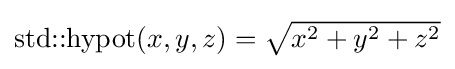
\textstyle {\mbox{std::hypot}}(x,y,z)={\sqrt {x^{2}+y^{2}+z^{2}}}